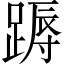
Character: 𨃽